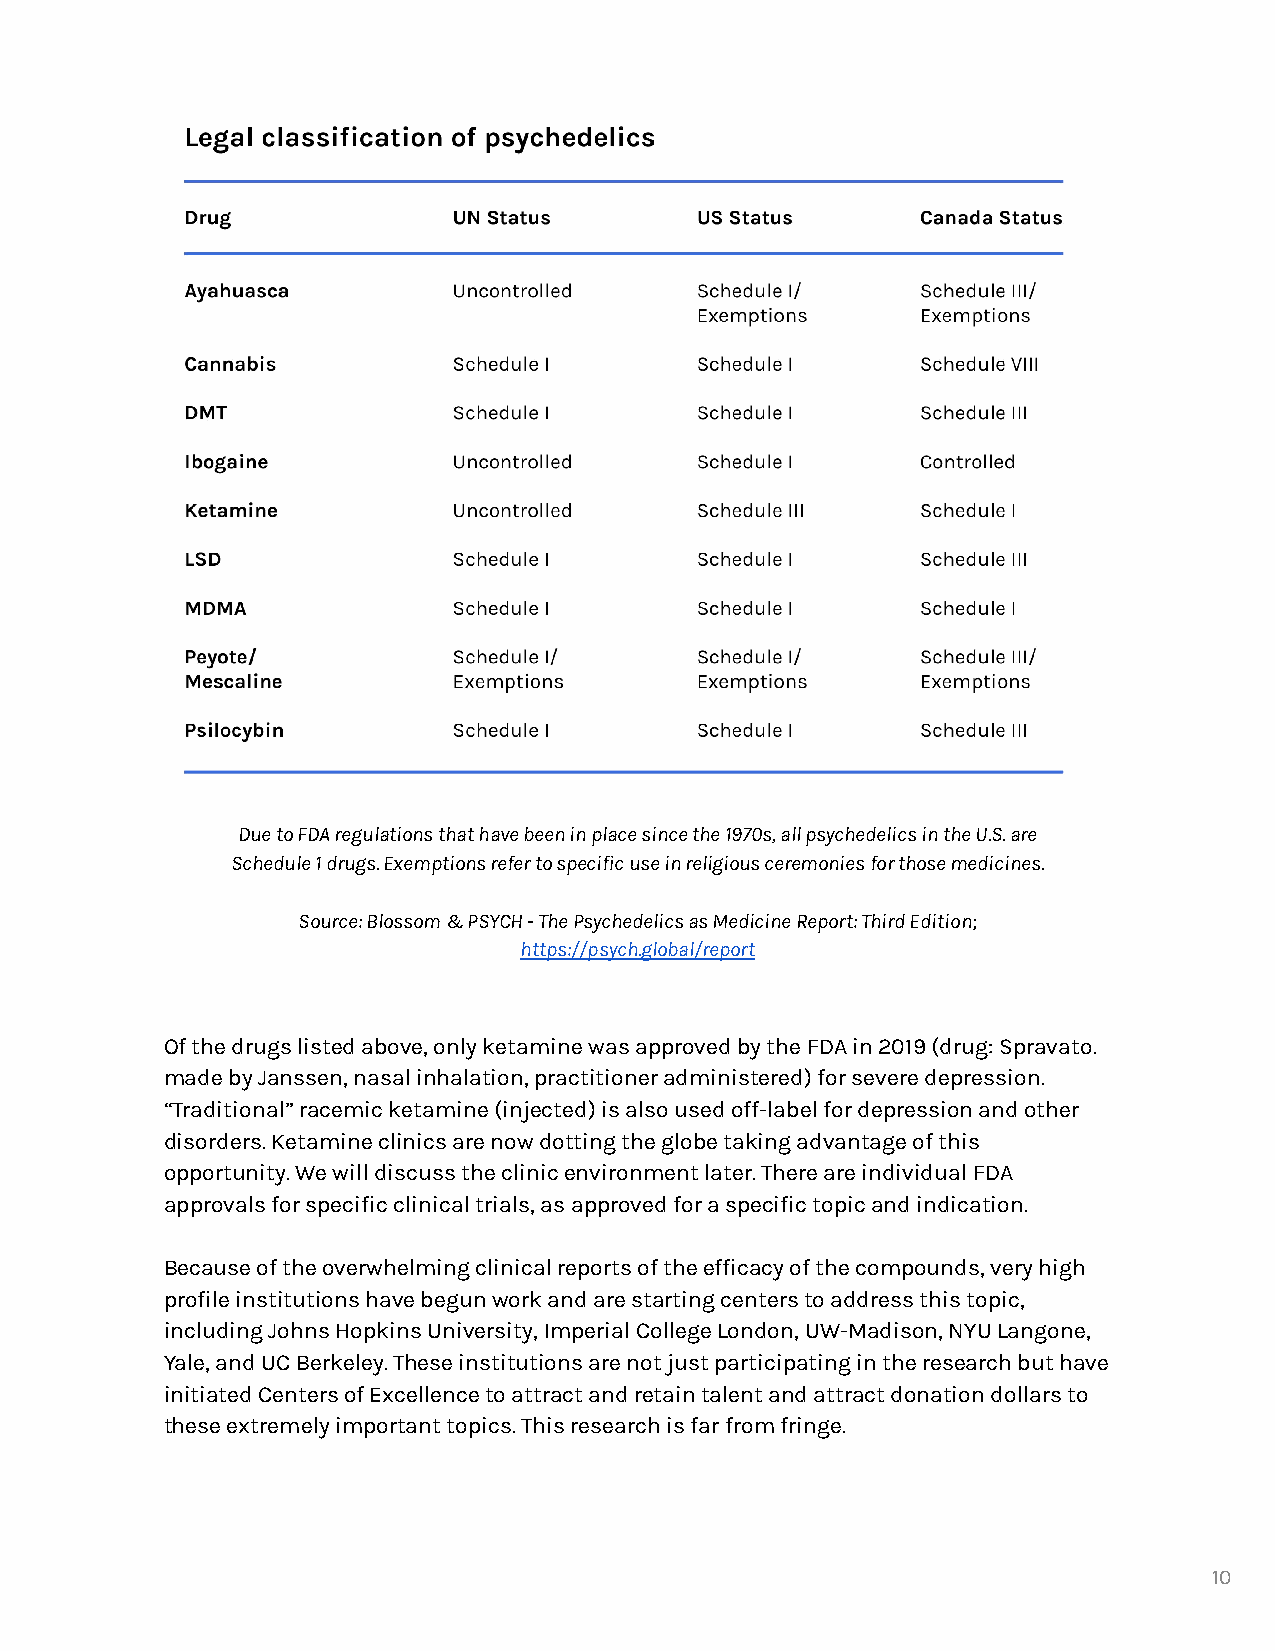
Due to FDA regulations that have been in place since the 1970s, all psychedelics in the U.S. are
 Schedule 1 drugs. Exemptions refer to specific use in religious ceremonies for those medicines.
 Source: Blossom & PSYCH - The Psychedelics as Medicine Report: Third Edition;
 https://psych.global/report
 Of the drugs listed above, only ketamine was approved by the FDA in 2019 (drug: Spravato.
 made by Janssen, nasal inhalation, practitioner administered) for severe depression.
 “Traditional” racemic ketamine (injected) is also used off-label for depression and other
 disorders. Ketamine clinics are now dotting the globe taking advantage of this
 opportunity. We will discuss the clinic environment later. There are individual FDA
 approvals for specific clinical trials, as approved for a specific topic and indication.
 Because of the overwhelming clinical reports of the efficacy of the compounds, very high
 profile institutions have begun work and are starting centers to address this topic,
 including Johns Hopkins University, Imperial College London, UW-Madison, NYU Langone,
 Yale, and UC Berkeley. These institutions are not just participating in the research but have
 initiated Centers of Excellence to attract and retain talent and attract donation dollars to
 these extremely important topics. This research is far from fringe.
 10